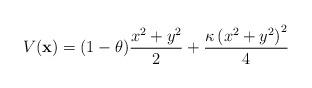
LaTeX: \begin{align*}V(\mathbf{x})=(1-\theta) \frac{x^2+y^2}{2}+\frac{\kappa\left(x^{2}+y^{2}\right)^{2}}{4}\end{align*}